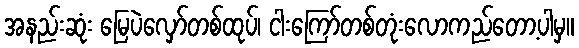
အနည်းဆုံး မြေပဲလှော်တစ်ထုပ်၊ ငါးကြော်တစ်တုံးလောကည်တော့ပါမှ။